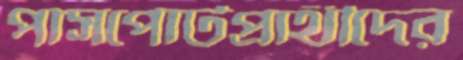
পাসপোর্টপ্রার্থীদের